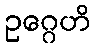
ဥဂ္ဂေဟိ